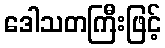
ဒေါသတကြီးဖြင့်